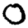
Digit: 0